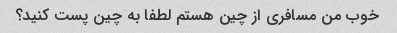
خوب من مسافری از چین هستم لطفا به چین پست کنید؟